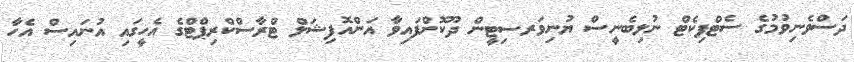
ދަސްވެނިވުމުގެ ސެޓްފިކެޓް ނުލިބެނީސް ޔުނިވަރސިޓީން ދޫކޮށްފައިވާ އަންއޮފިޝަލް ޓްރާސްކްރިޕްޓްގެ އެހީގައި އުނައިސް އެހާ